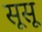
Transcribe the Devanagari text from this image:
सूसू